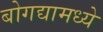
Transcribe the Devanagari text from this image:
बोगद्यामध्ये